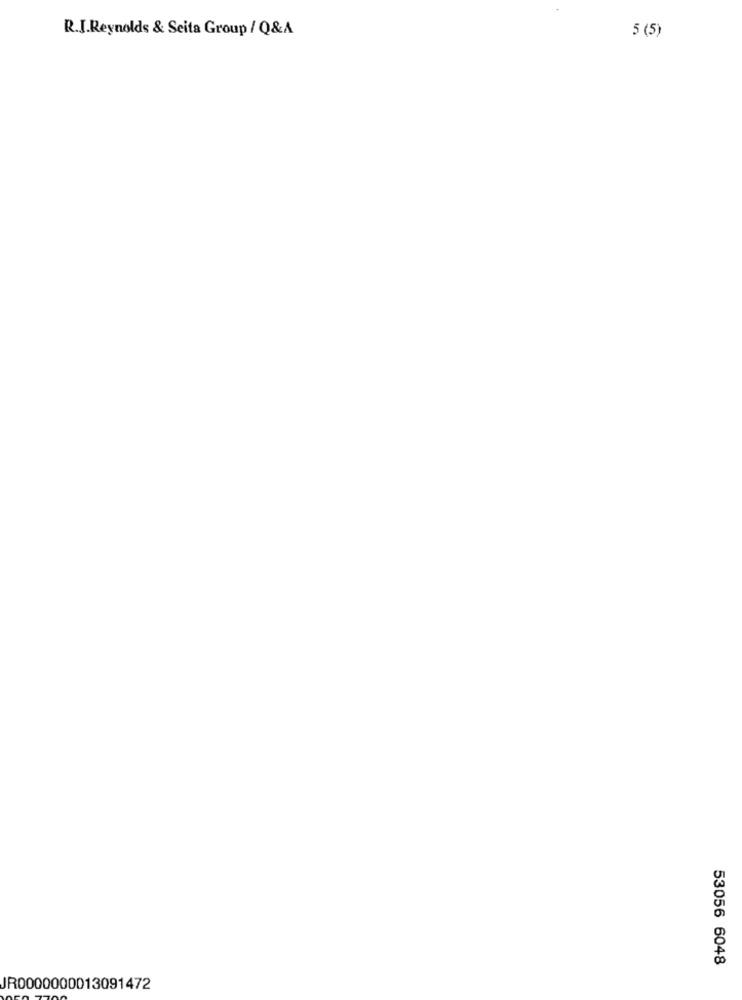
R.J.Reynolds & Seita Group / Q&A
5 (5)
53056 6048
JR0000000013091472